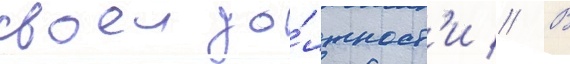
своеи до́лжност'и // В